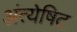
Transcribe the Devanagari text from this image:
अंत्येषिट